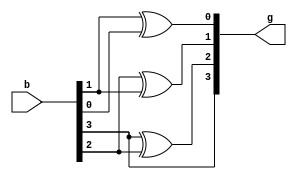
/////////////////Design_Block_Binary_to_Gray///////////////////////
`timescale 1ns / 1ps
`define size 3
module Binary_to_Gray_convertor(g,b);
input [`size:0] b;
output [`size:0] g;
assign g[3] = b[3];
assign g[2] = b[3]^b[2];
assign g[1] = b[2]^b[1];
assign g[0] = b[1]^b[0];
endmodule

/////////////////Design_Block_Gray_to_Binary///////////////////////
`timescale 1ns / 1ps
`define size 3
module Gray_to_Binary_Convertor(b,g);
input [`size:0] g;
output [`size:0] b;
assign b[3] = g[3];
assign b[2] = b[3]^g[2];
assign b[1] = b[2]^g[1];
assign b[0] = b[1]^g[0]; 
endmodule